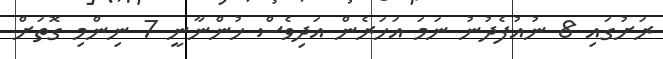
ރަށުގައި 8 ނުއުފެދުނު ނަމަ އަހަރެން އަދިވެސް ހުންނާނީ 7 ނިންމި ގޮތަށް